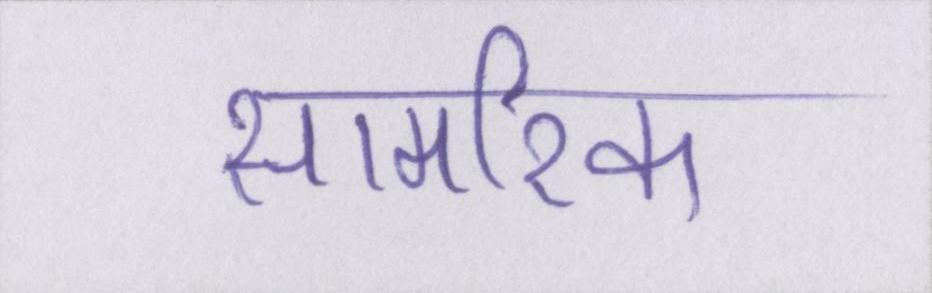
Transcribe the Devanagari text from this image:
सामरिक